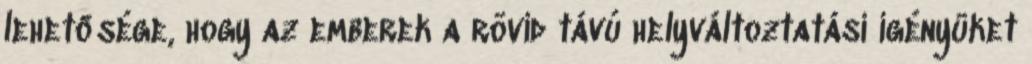
lehetősége, hogy az emberek a rövid távú helyváltoztatási igényüket